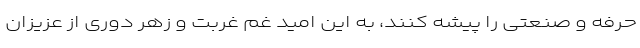
حرفه و صنعتی را پیشه کنند، به این امید غمِ غربت و زهرِ دوری از عزیزان